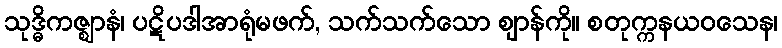
သုဒ္ဓိကဇ္ဈာနံ၊ ပဋိပဒါအာရုံမဖက်, သက်သက်သော ဈာန်ကို။ စတုက္ကနယဝသေန၊